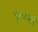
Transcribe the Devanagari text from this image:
मूळवंशी